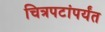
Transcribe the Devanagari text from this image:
चित्रपटांपर्यंत